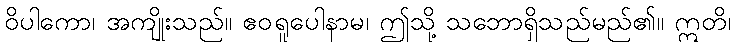
ဝိပါကော၊ အကျိုးသည်။ ဧဝရူပေါနာမ၊ ဤသို့ သဘောရှိသည်မည်၏။ ဣတိ၊